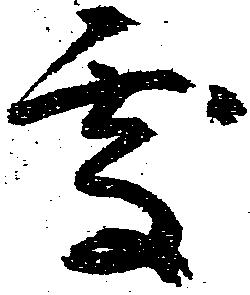
処